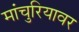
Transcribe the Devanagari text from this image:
मांचुरियावर